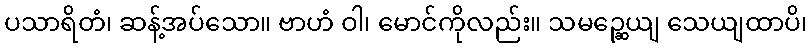
ပသာရိတံ၊ ဆန့်အပ်သော။ ဗာဟံ ဝါ၊ မောင်ကိုလည်း။ သမဉ္ဆေယျ သေယျထာပိ၊